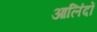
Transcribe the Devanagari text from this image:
आलिंदों